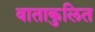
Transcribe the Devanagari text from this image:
वाताकुलित